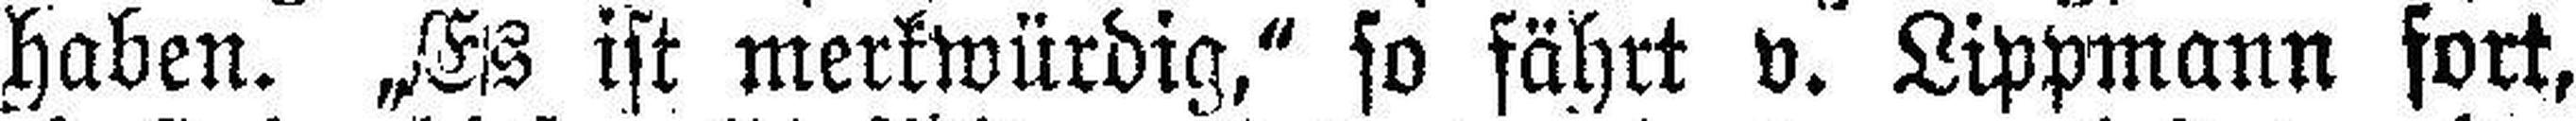
haben. „Es ist merkwürdig,“ so fährt v. Lippmann fort,